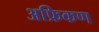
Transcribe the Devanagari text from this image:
अफ्रिकण